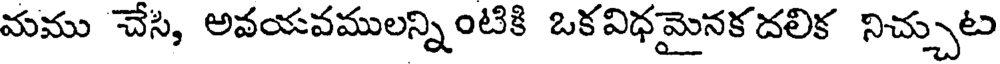
మము చేసి, అవయవములన్నింటికి ఒకవిధమైనకదలిక నిచ్చుట